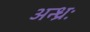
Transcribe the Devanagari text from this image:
अन्ध्रः